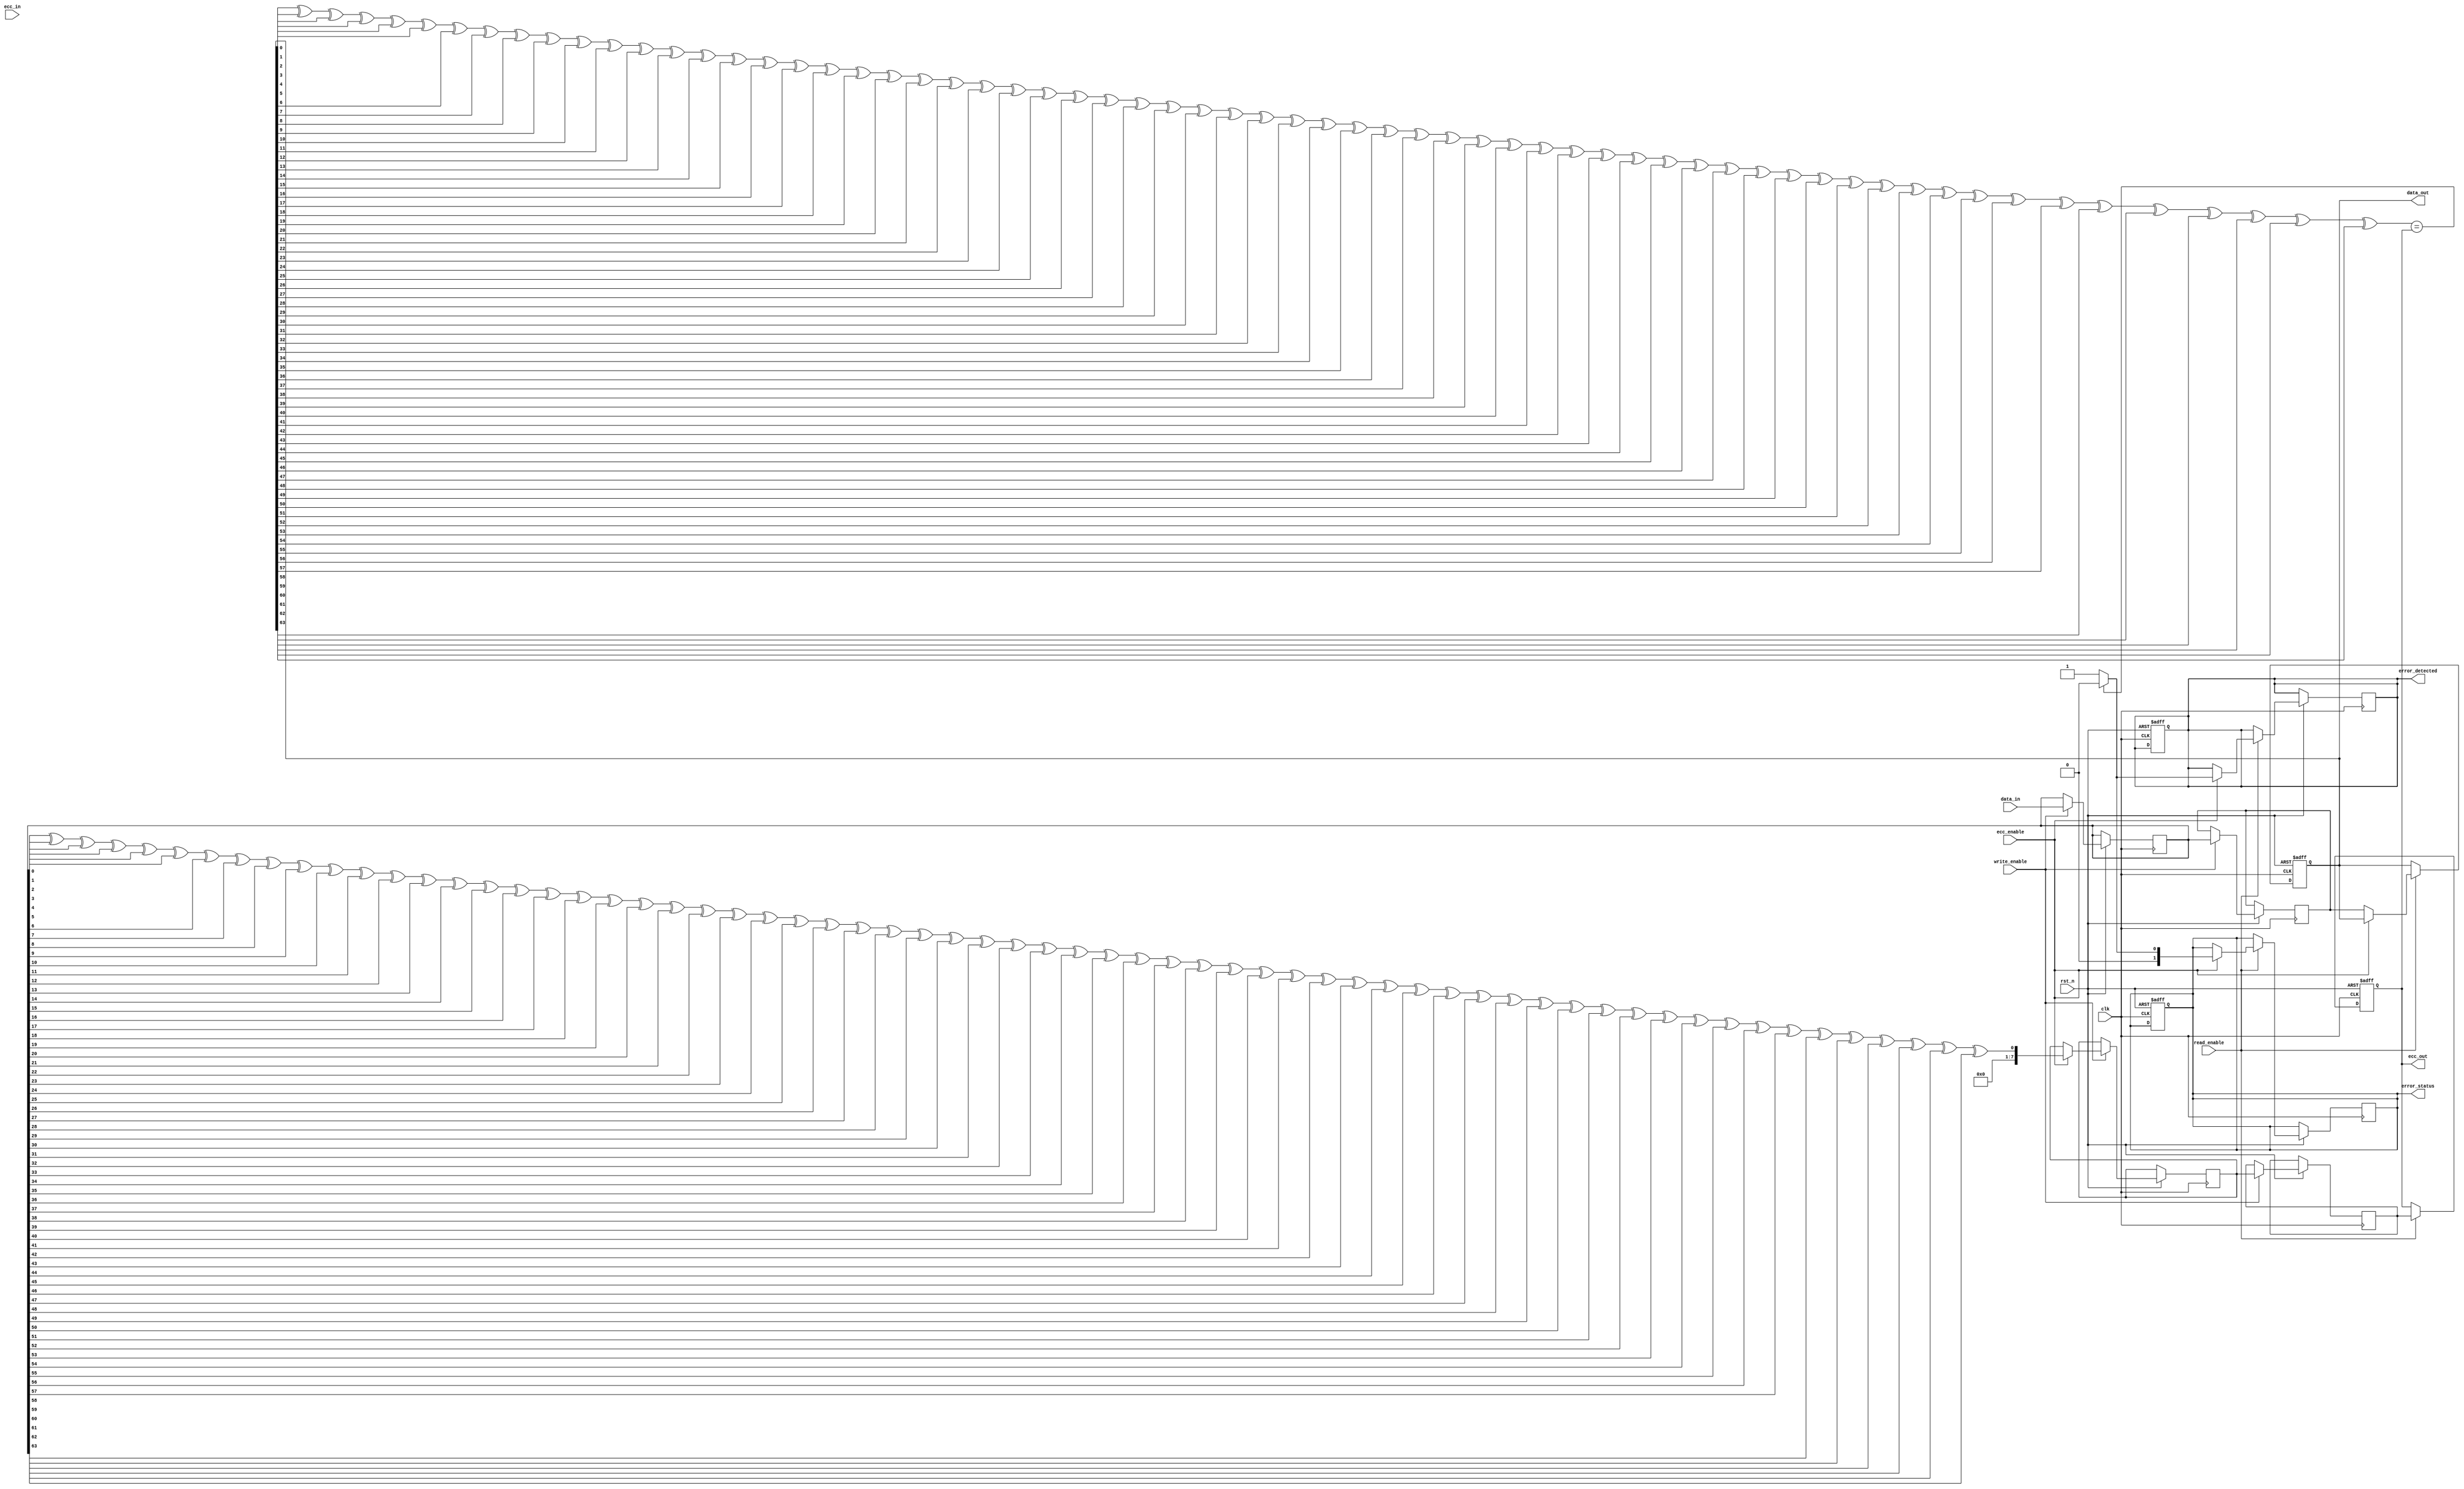
module ecc_dram_io (
    input wire clk,                     // Clock input
    input wire rst_n,                   // Active low reset
    input wire [63:0] data_in,          // Data input from external bus
    input wire [7:0] ecc_in,            // ECC input from external bus
    input wire write_enable,             // Write control signal
    input wire read_enable,              // Read control signal
    input wire ecc_enable,               // ECC enable signal
    output reg [63:0] data_out,          // Data output to external bus
    output reg [7:0] ecc_out,            // ECC output to external bus
    output reg error_detected,           // Error detected flag
    output reg [1:0] error_status        // Error status register
);

    reg [63:0] data_buffer;              // Buffer for incoming data
    reg [7:0] ecc_buffer;                // Buffer for ECC bits
    reg [63:0] memory [0:1023];          // Memory array (for example, 1KB)
    reg [7:0] ecc_memory [0:1023];       // ECC memory array

    // ECC Encoding Logic (Simple Parity for demonstration)
    function [7:0] ecc_encode(input [63:0] data);
        integer i;
        reg [7:0] parity;
        begin
            parity = 0;
            for (i = 0; i < 64; i = i + 1) begin
                parity = parity ^ data[i];
            end
            ecc_encode = parity;
        end
    endfunction

    // ECC Decoding Logic
    function [63:0] ecc_decode(input [63:0] data, input [7:0] ecc);
        integer i;
        reg [7:0] computed_ecc;
        begin
            computed_ecc = ecc_encode(data);
            if (computed_ecc == ecc) begin
                ecc_decode = data; // No error
                error_detected = 0;
                error_status = 2'b00; // No error
            end else begin
                ecc_decode = data; // Error detected but not corrected
                error_detected = 1;
                error_status = 2'b01; // Uncorrectable error
            end
        end
    endfunction

    // Write Operation
    always @(posedge clk or negedge rst_n) begin
        if (!rst_n) begin
            error_detected <= 0;
            error_status <= 2'b00;
        end else if (write_enable) begin
            data_buffer <= data_in;
            if (ecc_enable) begin
                ecc_buffer <= ecc_encode(data_buffer);
            end
            // Store data and ECC in memory
            memory[0] <= data_buffer; // Example address
            ecc_memory[0] <= ecc_buffer; // Example address
        end
    end

    // Read Operation
    always @(posedge clk or negedge rst_n) begin
        if (!rst_n) begin
            data_out <= 0;
            ecc_out <= 0;
        end else if (read_enable) begin
            data_out <= memory[0]; // Example address
            ecc_out <= ecc_memory[0]; // Example address
            if (ecc_enable) begin
                data_out <= ecc_decode(data_out, ecc_out);
            end
        end
    end

endmodule